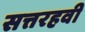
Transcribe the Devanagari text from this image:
सत्तरहवी